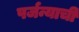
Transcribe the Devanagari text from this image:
पर्जन्याची